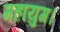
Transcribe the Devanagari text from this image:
महायुग।